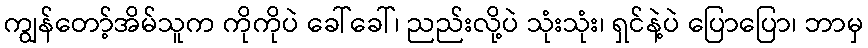
ကျွန်တော့်အိမ်သူက ကိုကိုပဲ ခေါ်ခေါ်၊ ညည်းလို့ပဲ သုံးသုံး၊ ရှင်နဲ့ပဲ ပြောပြော၊ ဘာမှ